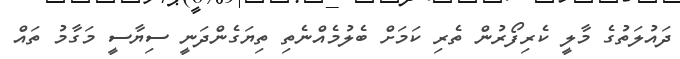
ދައުލަތުގެ މާލީ ކެރިފޯރުން ތެރި ކަމަށް ބެލުމެއްނެތި ތިޔަގެންދަނީ ސިޔާސީ މަގާމު ތައް